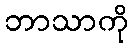
ဘာသာကို